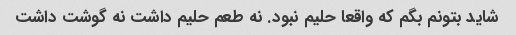
شاید بتونم بگم که واقعا حلیم نبود. نه طعم حلیم داشت نه گوشت داشت